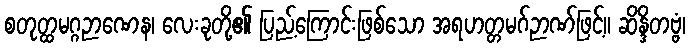
စတုတ္ထမဂ္ဂဉာဏေန၊ လေးခုတို့၏ ပြည့်ကြောင်းဖြစ်သော အရဟတ္တမဂ်ဉာဏ်ဖြင့်။ ဆိန္ဒိတဗ္ဗံ၊